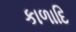
કાળાદિ